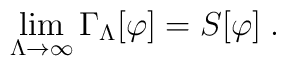
\lim_{\Lambda\rightarrow\infty}\Gamma_{\Lambda}[\varphi] = S[\varphi]\;.